65_HS1-834228961_62-HQ-83894_Serial_438
Agency: FBI
Page 29
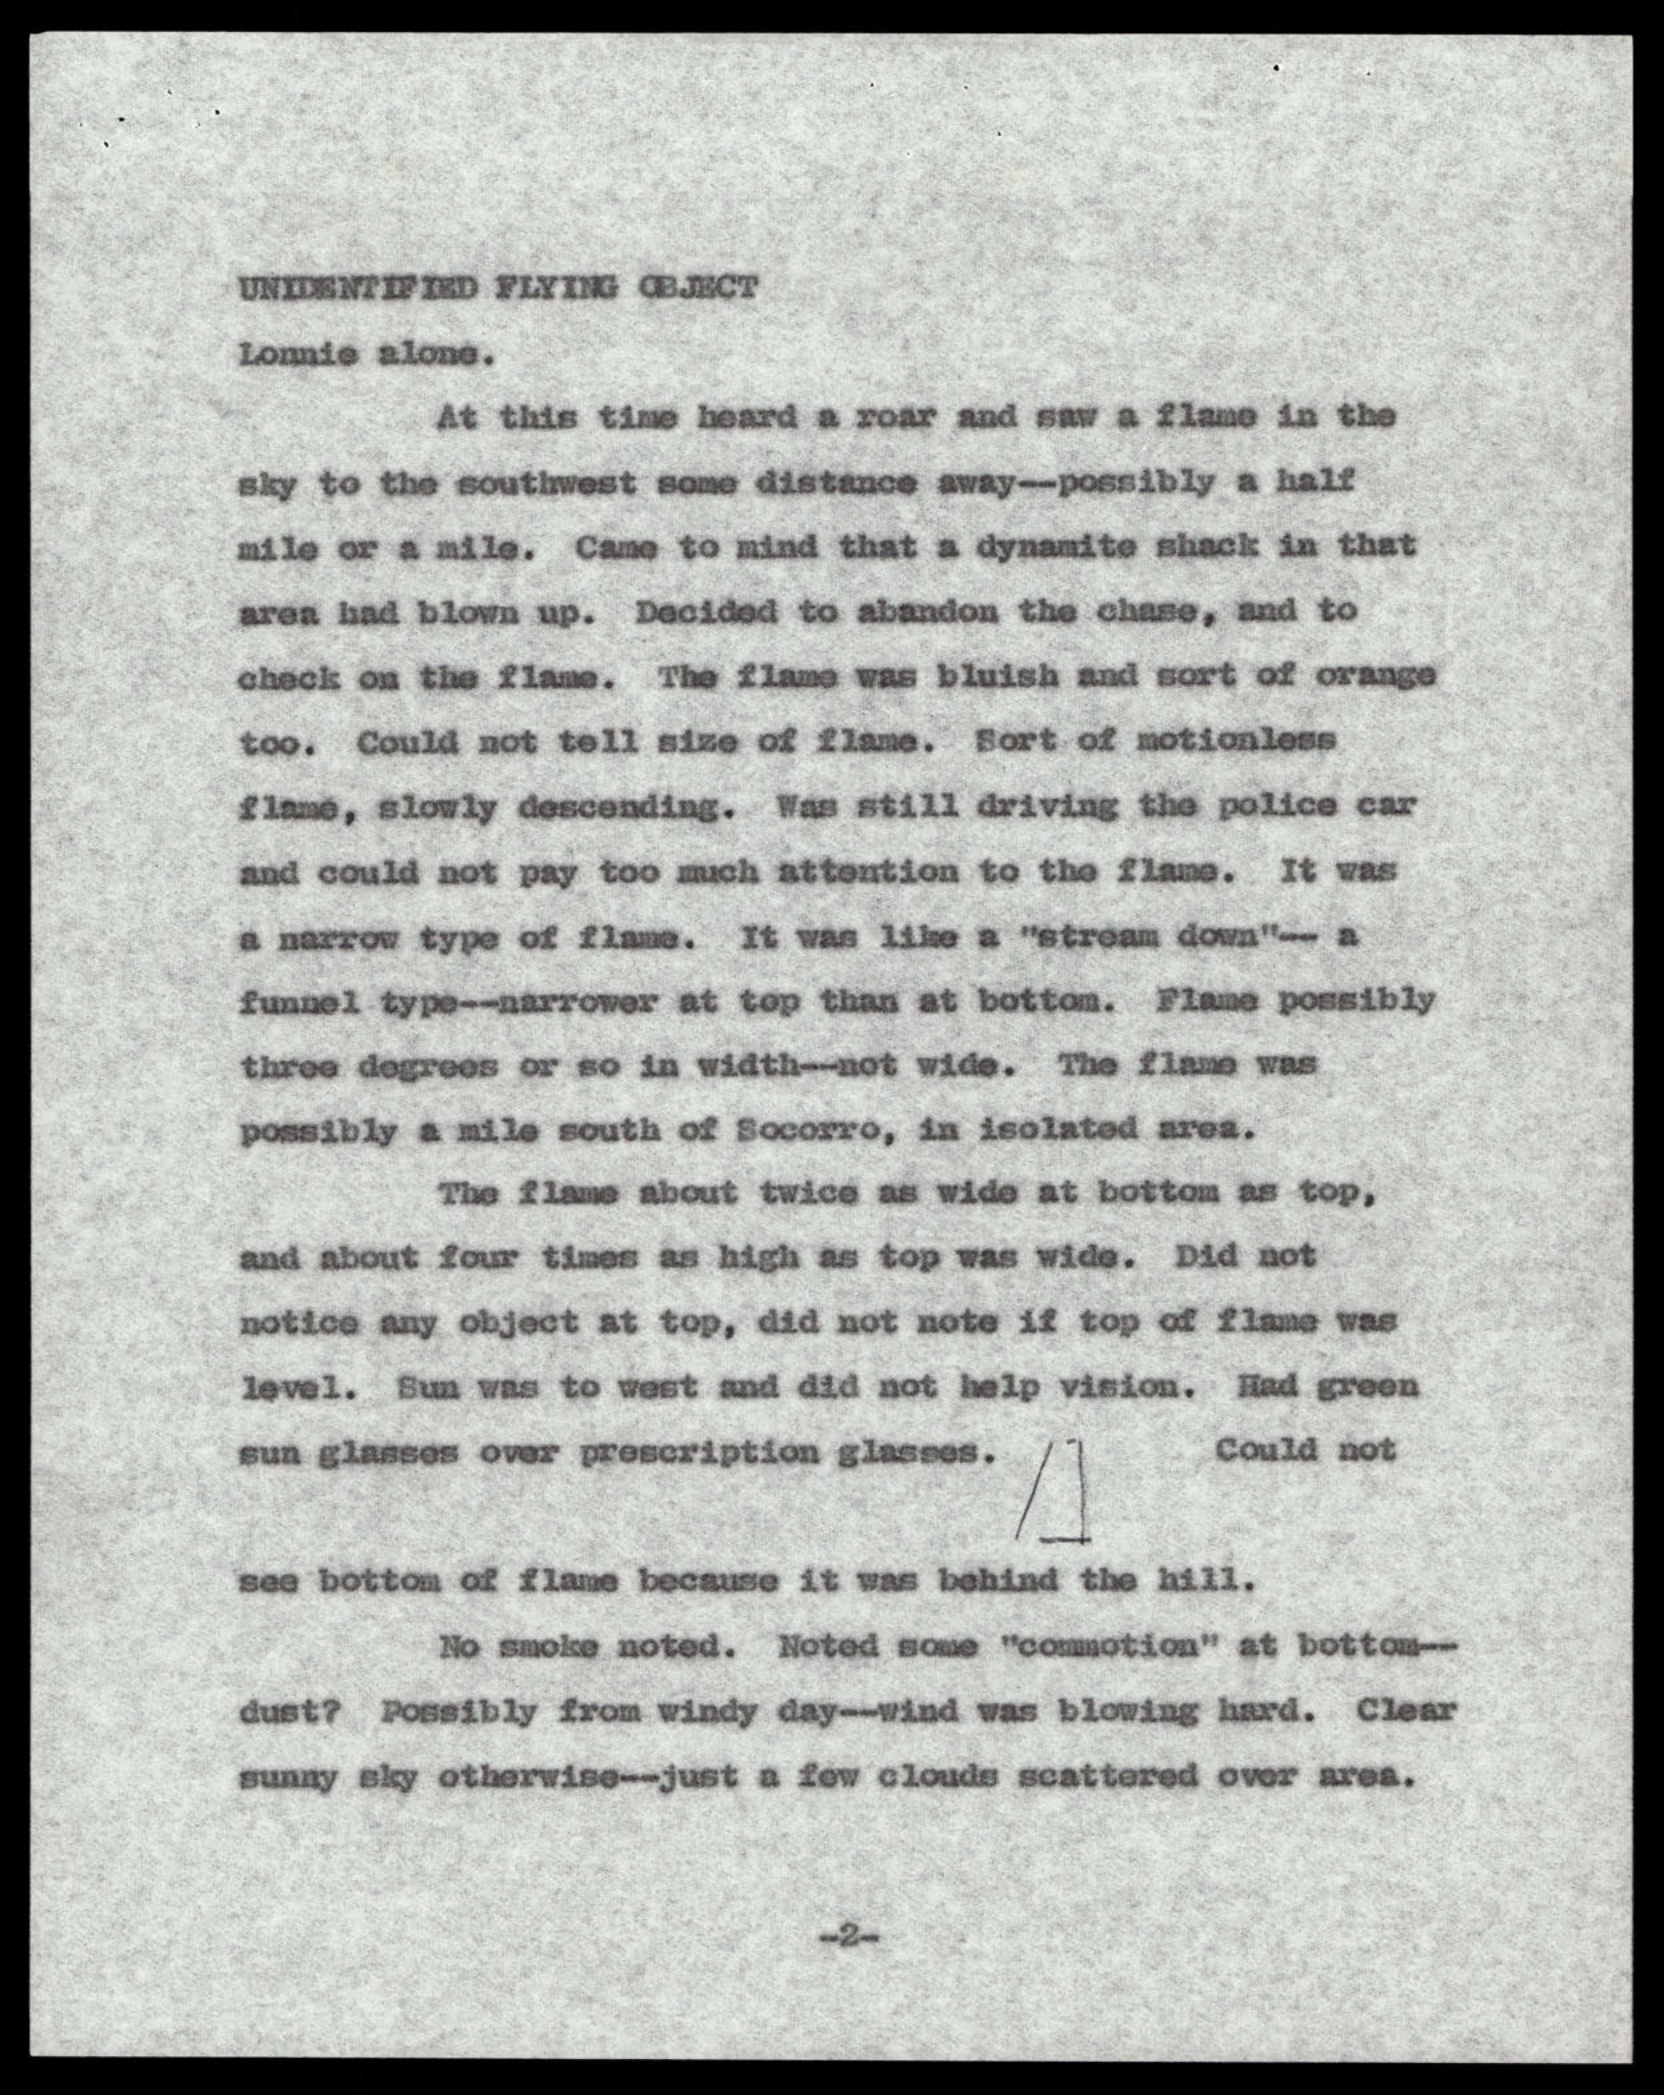